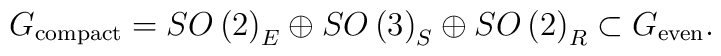
G_{\rm compact}=SO\left(2\right)_E\oplus SO\left(3\right)_S\oplus SO\left(2\right)_R\subset G_{\rm even}.